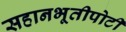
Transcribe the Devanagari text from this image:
सहानभूतीपोटी